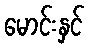
မောင်းနှင်